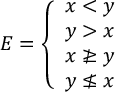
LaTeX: E = { \left\{ \begin{array} { l l } { x < y } \\ { y > x } \\ { x \ngeq y } \\ { y \nleq x } \end{array} \right. }